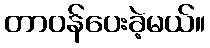
တာဝန်ပေးခဲ့မယ်။